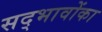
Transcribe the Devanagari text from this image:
सद्भावोंका